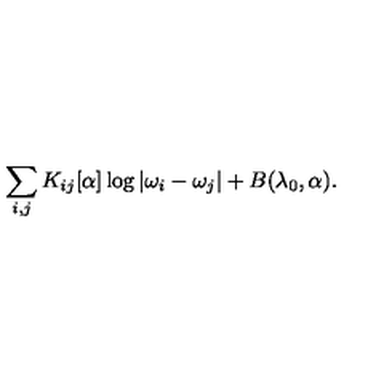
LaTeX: \sum _ { i , j } K _ { i j } [ \alpha ] \log | \omega _ { i } - \omega _ { j } | + B ( \lambda _ { 0 } , \alpha ) .